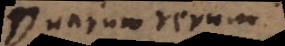
Duarum rerum